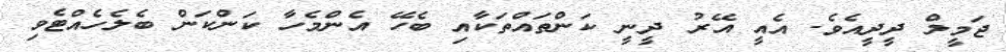
ޖަމީލް ދީދީއެވެ. އެއީ އޭރު ދީނީ ކަންތައްތަކާއި ބެހޭ އެންމެހާ ކަންކަން ބެލެހެއްޓެވި